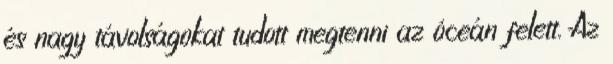
és nagy távolságokat tudott megtenni az óceán felett. Az